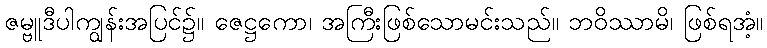
ဇမ္ဗူဒီပါကျွန်းအပြင်၌။ ဇေဋ္ဌကော၊ အကြီးဖြစ်သောမင်းသည်။ ဘဝိဿာမိ၊ ဖြစ်ရအံ့။